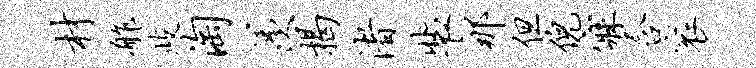
材舴歧淘羡揭渚裴那但倪寐含衮